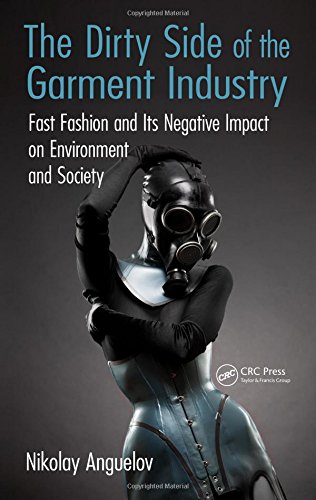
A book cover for The Dirty Side of the Garment Industry: Fast Fashion and Its Negative Impact on Environment and Society; Nikolay Anguelov; Business & Money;